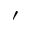
'